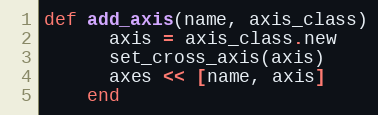
Language: Ruby
def add_axis(name, axis_class)
      axis = axis_class.new
      set_cross_axis(axis)
      axes << [name, axis]
    end